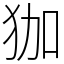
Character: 㹢